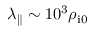
\lambda _ { \parallel } \sim 1 0 ^ { 3 } \rho _ { \mathrm { i 0 } }